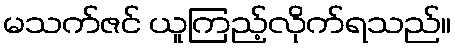
မသက်ဇင် ယူကြည့်လိုက်ရသည်။